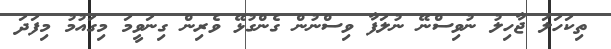
ތިކަހަލަ ޖާހިލު ނުވިސްނޭ ނުލަފާ ވިސްނުން ގެންގުޅޭ ވެރިން ގިނަވީމަ މިގައުމު މިފަދަ